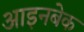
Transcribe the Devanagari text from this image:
आइनबेक